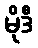
မိုဒီ